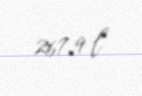
267,9 l